Account of plague administration in the Bombay Presidency from September 1896 till May 1897
Year: 1896
Disease focus: Plague
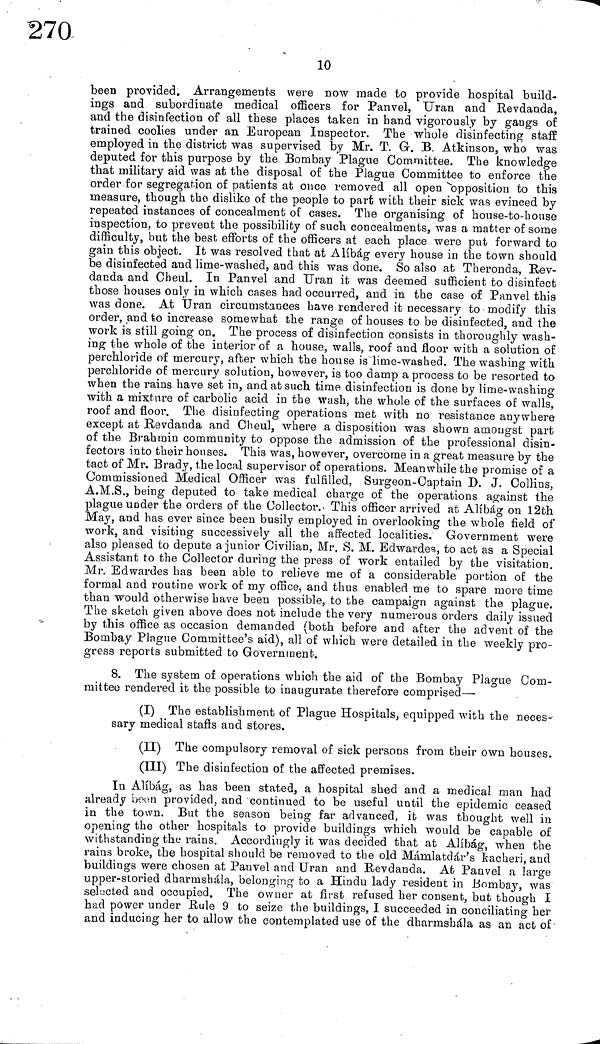
10
been provided. Arrangements were now made to provide hospital build-
ings and subordinate medical officers for Panvel, Uran and Revdanda,
and the disinfection of all these places taken in hand vigorously by gangs of
trained coolies under an European Inspector. The whole disinfecting staff
employed in the district was supervised by Mr. T. G. B. Atkinson, who was
deputed for this purpose by the Bombay Plague Committee. The knowledge
that military aid was at the disposal of the Plague Committee to enforce the
order for segregation of patients at once removed all open opposition to this
measure, though the dislike of the people to part with their sick was evinced by
repeated instances of concealment of cases. The organising of house-to-house
inspection, to prevent the possibility of such concealments, was a matter of some
difficulty, but the best efforts of the officers at each place were put forward to
gain this object. It was resolved that at Alíbág every house in the town should
be disinfected and lime-washed, and this was done. So also at Theronda, Rev-
danda and Cheul. In Panvel and Uran it was deemed sufficient to disinfect
those houses only in which cases had occurred, and in the case of Panvel this
was done. At Uran circumstances have rendered it necessary to modify this
order, and to increase somewhat the range of houses to be disinfected, and the
work is still going on. The process of disinfection consists in thoroughly wash-
ing the whole of the interior of a house, walls, roof and floor with a solution of
perchloride of mercury, after which the house is lime-washed. The washing with
perchloride of mercury solution, however, is too damp a process to be resorted to
when the rains have set in, and at such time disinfection is done by lime-washing
with a mixture of carbolic acid in the wash, the whole of the surfaces of walls,
roof and floor. The disinfecting operations met with no resistance anywhere
except at Revdanda and Cheul, where a disposition was shown amongst part
of the Brahmin community to oppose the admission of the professional disin-
fectors into their houses. This was, however, overcome in a great measure by the
tact of Mr. Brady, the local supervisor of operations. Meanwhile the promise of a
Commissioned Medical Officer was fulfilled, Surgeon-Captain D. J. Collins,
A.M.S., being deputed to take medical charge of the operations against the
plague under the orders of the Collector. This officer arrived at Alíbág on 12th
May, and has ever since been busily employed in overlooking the whole field of
work, and visiting successively all the affected localities. Government were
also pleased to depute a junior Civilian, Mr. S. M. Edwardes, to act as a Special
Assistant to the Collector during the press of work entailed by the visitation.
Mr. Edwardes has been able to relieve me of a considerable portion of the
formal and routine work of my office, and thus enabled me to spare more time
than would otherwise have been possible, to the campaign against the plague.
The sketch given above does not include the very numerous orders daily issued
by this office as occasion demanded (both before and after the advent of the
Bombay Plague Committee's aid), all of which were detailed in the weekly pro-
gress reports submitted to Government.
8. The system of operations which the aid of the Bombay Plague Com-
mittee rendered it the possible to inaugurate therefore comprised—
(I) The establishment of Plague Hospitals, equipped with the neces-
sary medical staffs and stores.
(II) The compulsory removal of sick persons from their own houses.
(III) The disinfection of the affected premises.
In Alíbágj as has been stated, a hospital shed and a medical man had
already been provided, and continued to be useful until the epidemic ceased
in the town. But the season being far advanced, it was thought well in
opening the other hospitals to provide buildings which would be capable of
withstanding the rains. Accordingly it was decided that at Alíbág, when the
rains broke, the hospital should be removed to the old Mámlatdár's kacheri, and
buildings were chosen at Pauvel and Uran and Revdanda. At Panvel a large
upper-storied dharmshála, belonging to a Hindu lady resident in Bombay, was
selected and occupied. The owner at first refused her consent, but though I
had power under Rule 9 to seize the buildings, I succeeded in conciliating her
and inducing her to allow the contemplated use of the dharmshála as an act of